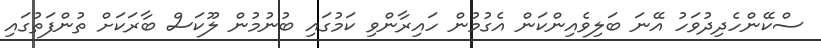
ސްކޭންހެދިދުވަހު އޭނަ ބަލިވެއިންކަން އެގުމުން ހައިރާންވި ކަމުގައި ބުނުމުން ލޫކަސް ބާރަކަށް ތުންފަތުގައި